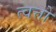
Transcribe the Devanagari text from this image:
त्वत्तो